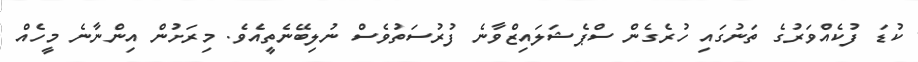
ކުޑަ ފުކެއްވަރުގެ ތަނުގައި ހުރެގެން ސްޕެޝަލައިޒްވާނެ ފުރުސަތުވެސް ނުލިބޭނެތީއެވެ. މިރަށުން އިންނާނެ މީހެއް